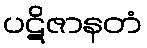
ပဋိဇာနတံ